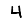
Digit: 4